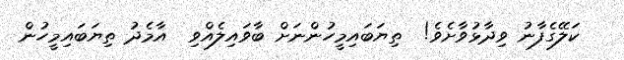
ކަލޭގެފާނު ވިދާޅުވާށެވެ!  ތިޔަބައިމީހުންނަށް ބާވައިލެއްވި  އާމެދު ތިޔަބައިމީހުން